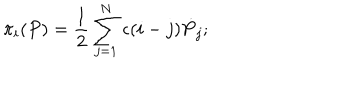
LaTeX: \pi _ { i } ( P ) = { \frac { 1 } { 2 } } \sum _ { j = 1 } ^ { N } \epsilon ( i - j ) { \dot { P } } _ { j } ;